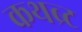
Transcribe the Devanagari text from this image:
कथब्र्ट